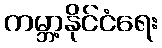
ကမ္ဘာ့နိုင်ငံရေး